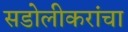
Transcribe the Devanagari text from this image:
सडोलीकरांचा